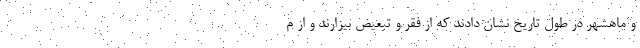
و ماهشهر در طول تاریخ نشان دادند که از فقر و تبعیض بیزارند و از م